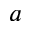
a